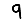
Digit: 9